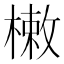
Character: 𣙙